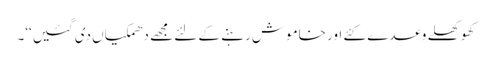
کھوکھلے وعدے کئے اور خاموش رہنے کے لئے مجھے دھمکیاں دی گئیں‘‘۔